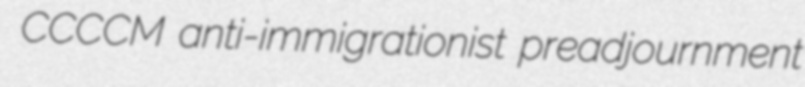
CCCCM anti-immigrationist preadjournment